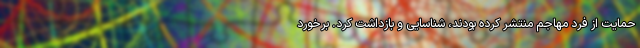
حمایت از فرد مهاجم منتشر کرده بودند، شناسایی و بازداشت کرد. برخورد